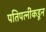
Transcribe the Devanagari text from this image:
पतिपत्नींकडून